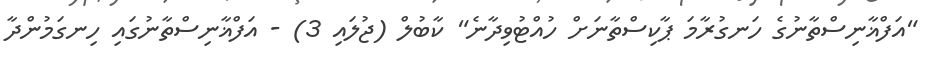
"އަފްޣާނިސްތާނުގެ ހަނގުރާމަ ޕާކިސްތާނަށް ހުއްޓުވިދާނެ" ކާބުލް (ޖުލައި 3) - އަފްޣާނިސްތާނުގައި ހިނގަމުންދާ